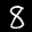
Label: 8